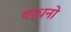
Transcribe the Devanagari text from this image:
वर्धनो